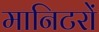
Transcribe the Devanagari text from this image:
मानिटरों